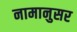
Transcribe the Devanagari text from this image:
नामानुसर